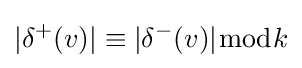
|\delta ^{+}(v)|\equiv |\delta ^{-}(v)|{\bmod {k}}